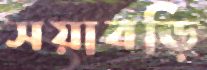
সয়াবড়ি